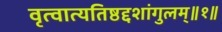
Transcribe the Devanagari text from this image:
वृत्वात्यतिष्ठद्दशांगुलम्॥१॥